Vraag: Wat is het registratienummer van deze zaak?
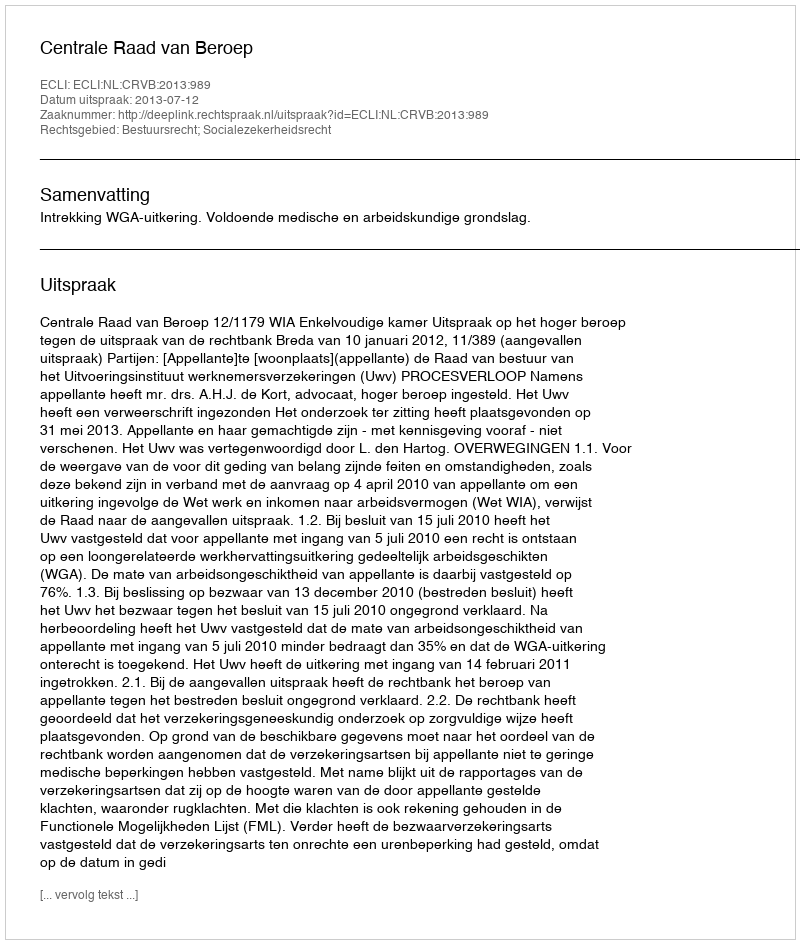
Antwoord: http://deeplink.rechtspraak.nl/uitspraak?id=ECLI:NL:CRVB:2013:989